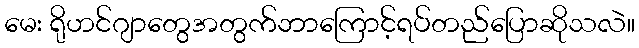
မေး ရိုဟင်ဂျာတွေအတွက်ဘာကြောင့်ရပ်တည်ပြောဆိုသလဲ။